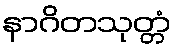
နာဂိတသုတ္တံ